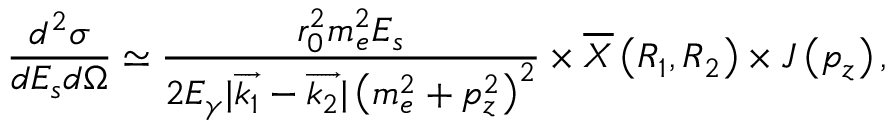
\frac { d ^ { 2 } \sigma } { d E _ { s } d \Omega } \simeq \frac { r _ { 0 } ^ { 2 } m _ { e } ^ { 2 } E _ { s } } { 2 E _ { \gamma } | \overrightarrow { k _ { 1 } } - \overrightarrow { k _ { 2 } } | \left( m _ { e } ^ { 2 } + p _ { z } ^ { 2 } \right) ^ { 2 } } \times \overline { { X } } \left( R _ { 1 } , R _ { 2 } \right) \times J \left( p _ { z } \right) ,